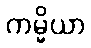
ကမ္မိယာ